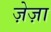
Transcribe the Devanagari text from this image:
ज़ेज़ा